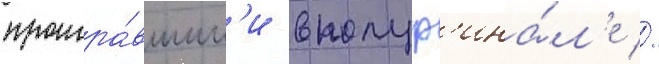
проигра́вшим'и в полуф'ина́л'е //